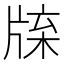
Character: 𤗊